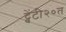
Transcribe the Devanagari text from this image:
ट्वेंटी२०त